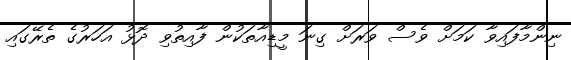
ނިންމާފައިވާ ކަމަށް ވެސް ވަރަށް ގިނަ މީޑިއާތަކުން ފާއިތުވި ދޮޅު އަހަރުގެ ތެރޭގައި